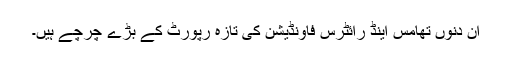
ان دنوں تھامس اینڈ رائٹرس فاؤنڈیشن کی تازہ رپورٹ کے بڑے چرچے ہیں۔